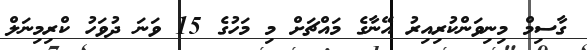
ގާސިމް މިނިވަންކުރިއިރު އޭނާގެ މައްޗަށް މި މަހުގެ 15 ވަނަ ދުވަހު ކްރިމިނަލް